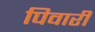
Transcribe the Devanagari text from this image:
पिवारी